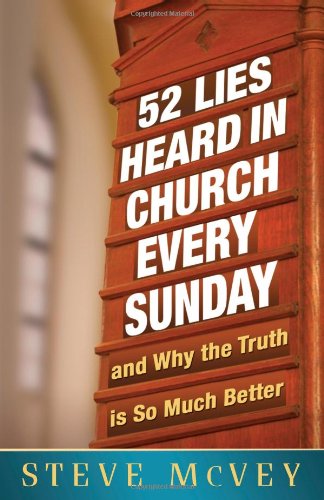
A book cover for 52 Lies Heard in Church Every Sunday: ...And Why the Truth Is So Much Better; Steve McVey; Christian Books & Bibles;